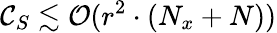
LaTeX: \mathcal{C}_{S}\lesssim\mathcal{{O}}(r^{2}\cdot(N_{x}+N))